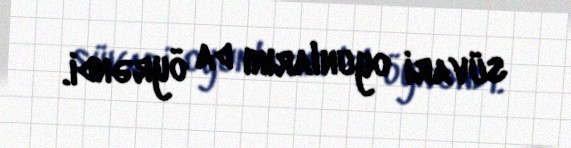
süvari oyunlarını da öyrəndi.